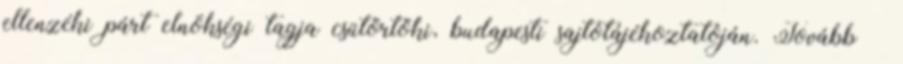
ellenzéki párt elnökségi tagja csütörtöki, budapesti sajtótájékoztatóján. Tovább ›